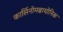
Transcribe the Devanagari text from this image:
कार्सिनोमब्रायोनिक